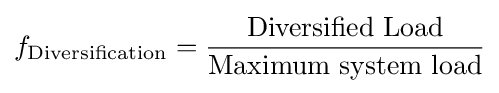
f_{\text{Diversification}}={\frac {\text{Diversified Load}}{\text{Maximum system load}}}